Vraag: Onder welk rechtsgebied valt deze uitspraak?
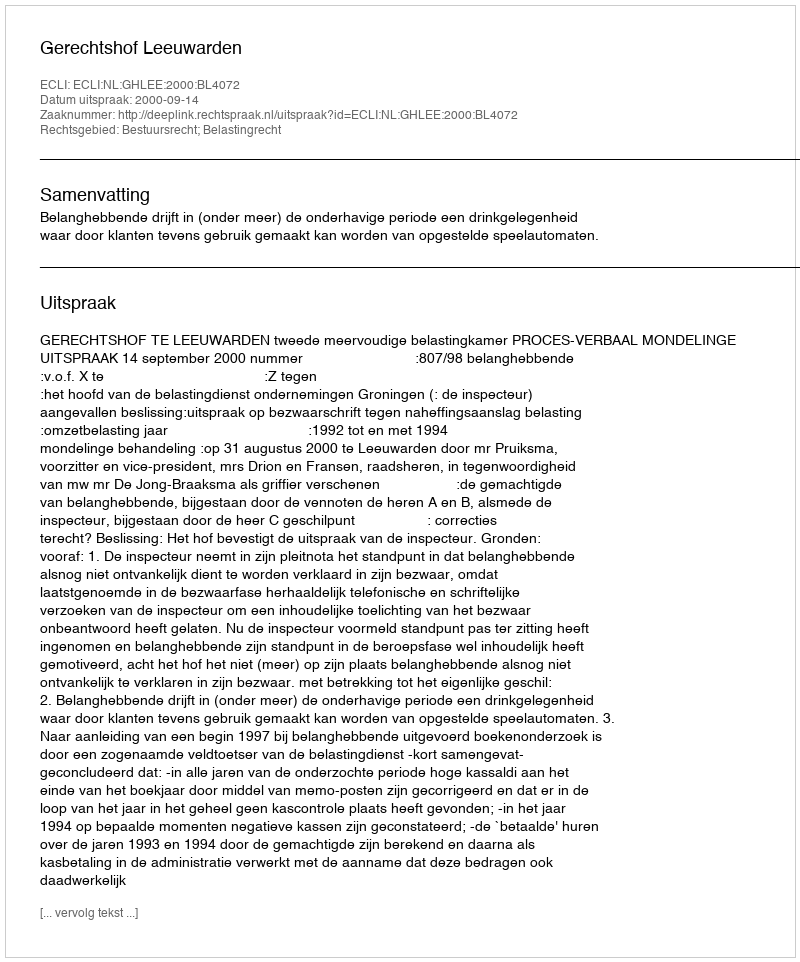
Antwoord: Bestuursrecht; Belastingrecht